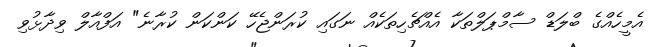
އެމީހެއްގެ ބްލަޑް ސާމްޕަލްތަކާ އެއްޗެހިތަކެއް ނަގައި ކުރަންޖެހޭ ކަންކަން ކުރާނެ" އަފްއާލް ވިދާޅުވި